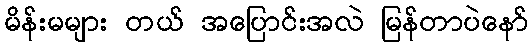
မိန်းမများ တယ် အပြောင်းအလဲ မြန်တာပဲနော်